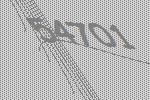
54701